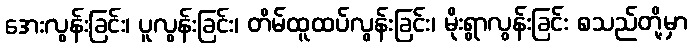
အေးလွန်းခြင်း၊ ပူလွန်းခြင်း၊ တိမ်ထူထပ်လွန်းခြင်း၊ မိုးရွာလွန်းခြင်း စသည်တို့မှာ